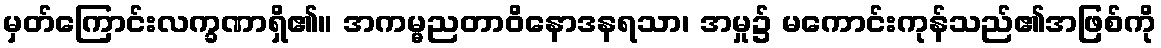
မှတ်ကြောင်းလက္ခဏာရှိ၏။ အကမ္မညတာဝိနောဒနရသာ၊ အမှု၌ မကောင်းကုန်သည်၏အဖြစ်ကို